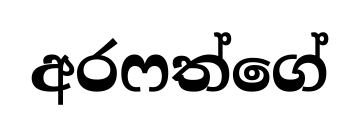
අරෆත්ගේ